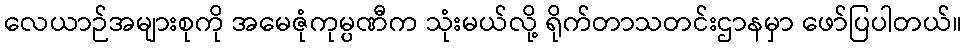
လေယာဉ်အများစုကို အမေဇုံကုမ္ပဏီက သုံးမယ်လို့ ရိုက်တာသတင်းဌာနမှာ ဖော်ပြပါတယ်။